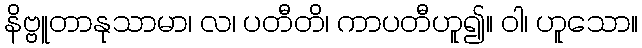
နိဗ္ဗူတာနုသာမာ၊ လ၊ ပတီတိ၊ ကာပတီဟူ၍။ ဝါ၊ ဟူသော။